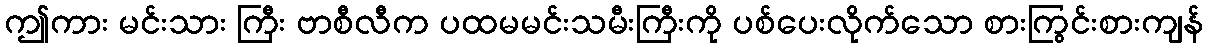
ဤကား မင်းသား ကြီး ဗာစီလီက ပထမမင်းသမီးကြီးကို ပစ်ပေးလိုက်သော စားကြွင်းစားကျန်